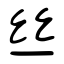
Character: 丝